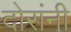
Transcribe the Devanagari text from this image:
दोरांनी